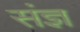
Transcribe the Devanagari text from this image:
संज्ञ